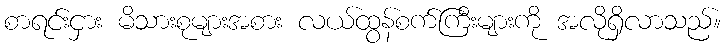
စာရင်းငှား မိသားစုများအစား လယ်ထွန်စက်ကြီးများကို အလိုရှိလာသည်။